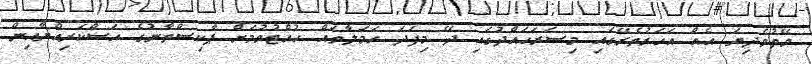
ވޭތުވެދިޔަ އެއް އަހަރުތެރޭގައި މިސަރަހައްދުގައި ދޭ މިފަދަ ހަމަލާތައް ހުއްޓުވުމަށް ޕާކިސްތާނުގެ އަސްކަރިއްޔާއިން